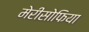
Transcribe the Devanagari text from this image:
मेरीसोफिया